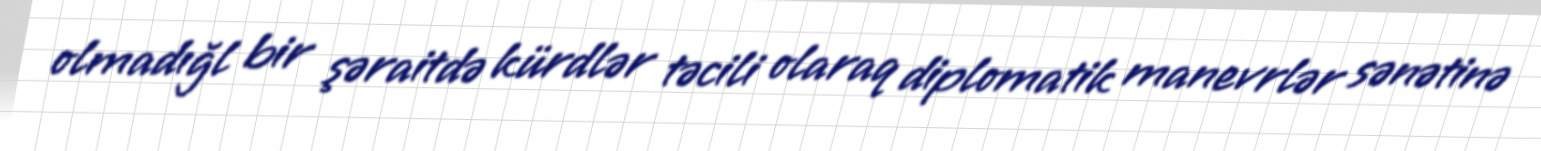
olmadığl bir şəraitdə kürdlər təcili olaraq diplomatik manevrlər sənətinə